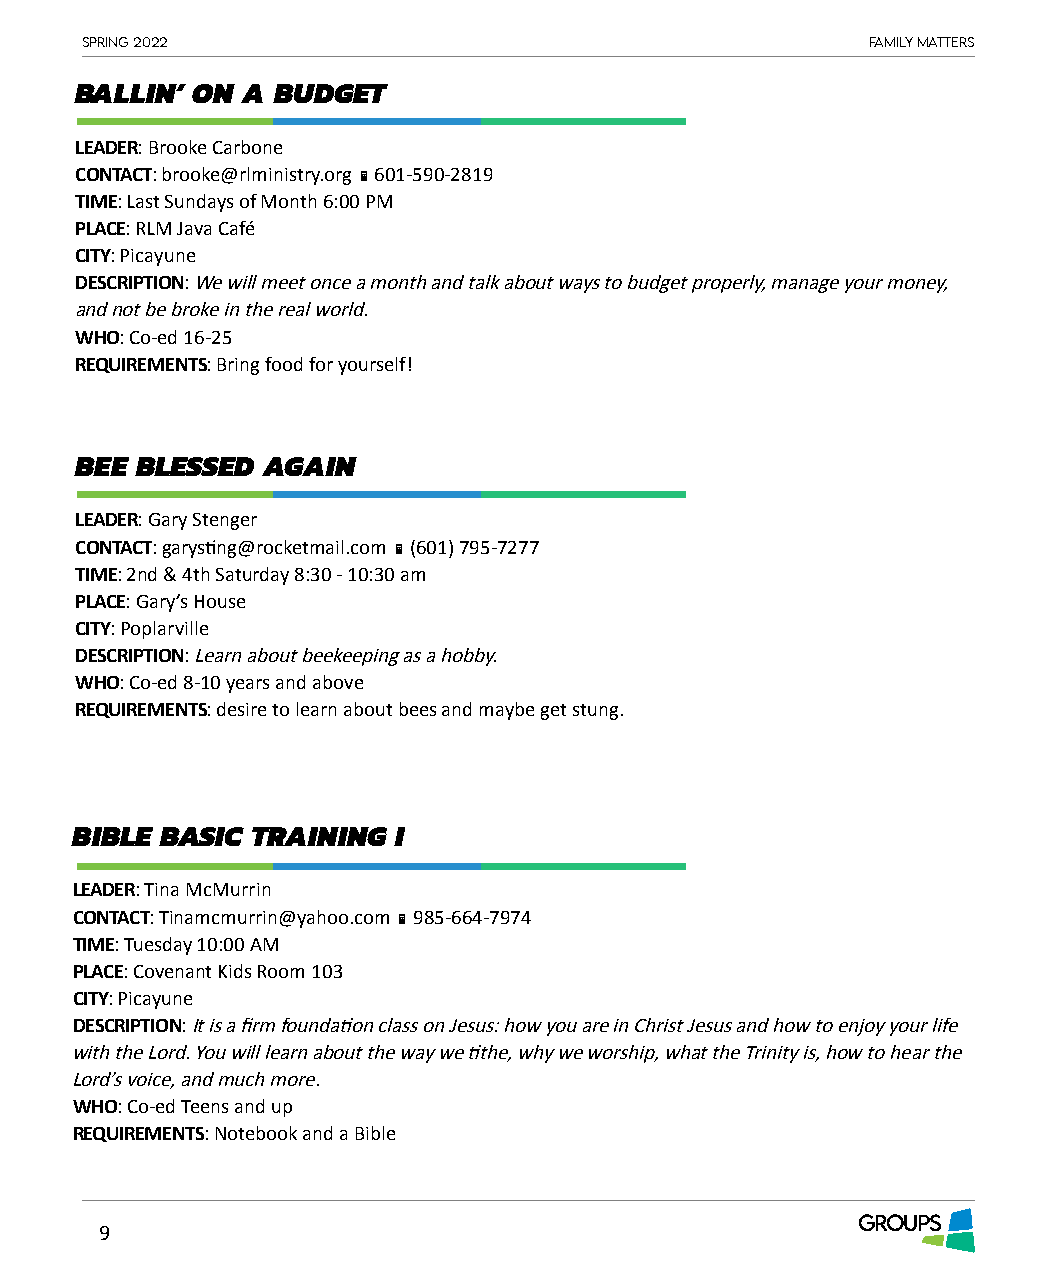
Spring 2022                                          Family matterS
 BALLIN’ ON A BUDGET
 LEADER: Brooke Carbone
 CONTACT: brooke@rlministry.org  601-590-2819
 TIME: Last Sundays of Month 6:00 PM
 PLACE: RLM Java Café
 CITY: Picayune
 DESCRIPTION: We will meet once a month and talk about ways to budget properly, manage your money,
 and not be broke in the real world.
 WHO: Co-ed 16-25
 REQUIREMENTS: Bring food for yourself!
 BEE BLESSED AGAIN
 LEADER: Gary Stenger
 CONTACT: garysting@rocketmail.com  (601) 795-7277
 TIME: 2nd & 4th Saturday 8:30 - 10:30 am
 PLACE: Gary’s House
 CITY: Poplarville
 DESCRIPTION: Learn about beekeeping as a hobby.
 WHO: Co-ed 8-10 years and above
 REQUIREMENTS: desire to learn about bees and maybe get stung.
 BIBLE BASIC TRAINING I
 LEADER: Tina McMurrin
 CONTACT: Tinamcmurrin@yahoo.com  985-664-7974
 TIME: Tuesday 10:00 AM
 PLACE: Covenant Kids Room 103
 CITY: Picayune
 DESCRIPTION: It is a firm foundation class on Jesus: how you are in Christ Jesus and how to enjoy your life
 with the Lord. You will learn about the way we tithe, why we worship, what the Trinity is, how to hear the
 Lord’s voice, and much more.
 WHO: Co-ed Teens and up
 REQUIREMENTS: Notebook and a Bible
 GROUPS
 9